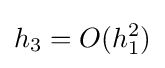
h_{3}=O(h_{1}^{2})